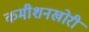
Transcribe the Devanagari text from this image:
कमीशनखोरी